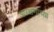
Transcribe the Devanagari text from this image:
आरक्षणाच्य़ा